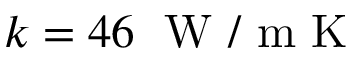
k = 4 6 \; \mathrm { ~ W ~ / ~ m ~ K ~ }